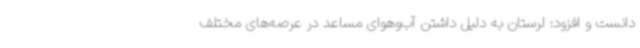
دانست و افزود: لرستان به دلیل داشتن آب‌وهوای مساعد در عرصه‌های مختلف